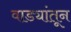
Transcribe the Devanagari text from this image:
वाड्यांतून